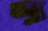
সু